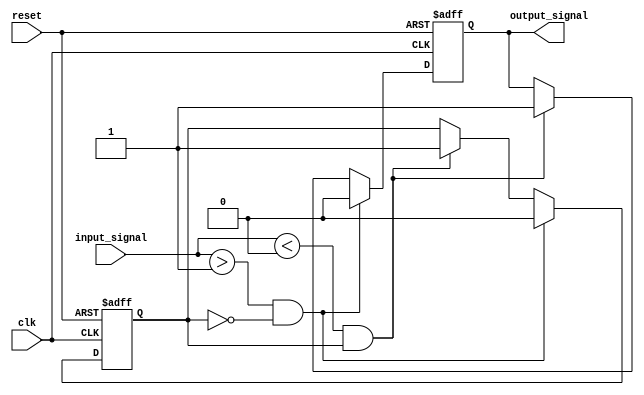
module Schmitt_trigger_inverter(
    input wire clk,
    input wire reset,
    input wire input_signal,
    output reg output_signal
);

reg previous_output;

parameter VTH_HIGH = 1;
parameter VTH_LOW = 0;

always @(posedge clk or posedge reset) begin
    if (reset) begin
        output_signal <= 0;
        previous_output <= 0;
    end else begin
        if (input_signal > VTH_HIGH && previous_output == 0) begin
            output_signal <= 0;
            previous_output <= 0;
        end else if (input_signal < VTH_LOW && previous_output == 1) begin
            output_signal <= 1;
            previous_output <= 1;
        end
    end
end

endmodule